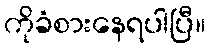
ကိုခံစားနေရပါပြီ။